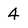
Character: 4